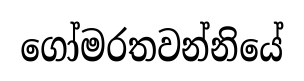
ගෝමරතවන්නියේ